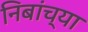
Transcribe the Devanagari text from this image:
निबांच्या